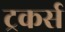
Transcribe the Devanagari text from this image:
ट्रकर्स